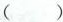
( )